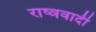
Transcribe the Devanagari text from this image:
राष्त्रवादी